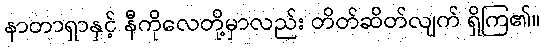
နာတာရှာနှင့် နီကိုလေတို့မှာလည်း တိတ်ဆိတ်လျက် ရှိကြ၏။